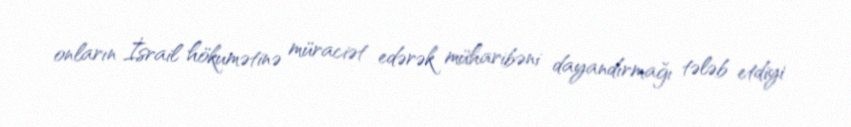
onların İsrail hökumətinə müraciət edərək müharibəni dayandırmağı tələb etdiyi